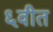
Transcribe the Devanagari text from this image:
६वीत